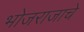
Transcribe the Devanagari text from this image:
भोजराजाचे